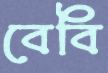
বেবি